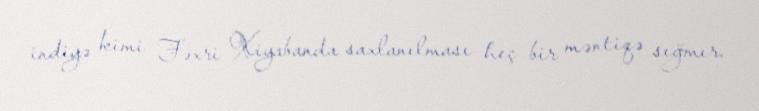
indiyə kimi Fəxri Xiyabanda saxlanılması heç bir məntiqə sığmır.